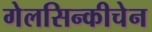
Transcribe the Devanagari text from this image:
गेलसिन्कीचेन